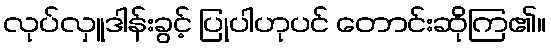
လုပ်လှူဒါန်းခွင့် ပြုပါဟုပင် တောင်းဆိုကြ၏။